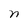
Character: n